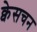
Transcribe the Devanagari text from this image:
क्वेसचन